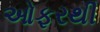
ઓફરથી